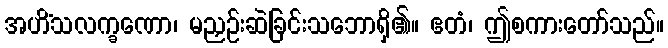
အဟိံသလက္ခဏော၊ မညှဉ်းဆဲခြင်းသဘောရှိ၏။ ဧတံ၊ ဤစကားတော်သည်။